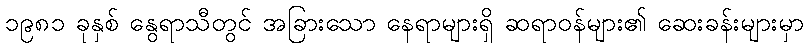
၁၉၈၁ ခုနှစ် နွေရာသီတွင် အခြားသော နေရာများရှိ ဆရာဝန်များ၏ ဆေးခန်းများမှာ